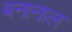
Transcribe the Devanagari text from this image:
बनानाल